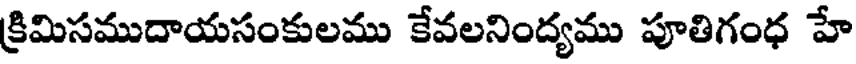
క్రిమిసముదాయసంకులము కేవలనింద్యము పూతిగంధ హే